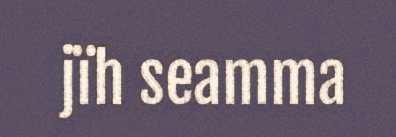
jïh seamma